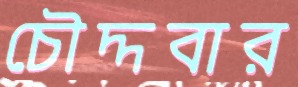
চৌদ্দবার